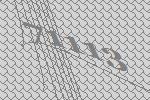
71113